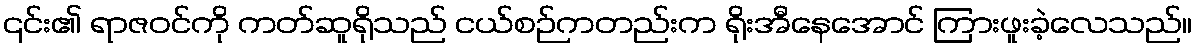
၎င်း၏ ရာဇဝင်ကို ကတ်ဆူရိုသည် ငယ်စဉ်ကတည်းက ရိုးအီနေအောင် ကြားဖူးခဲ့လေသည်။